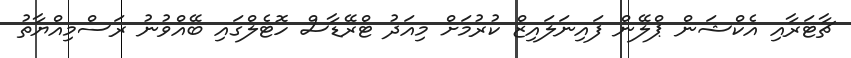
ޗާޓަރާއި އެކްޝަން ޕްލޭން ފައިނަލައިޒް ކުރުމަށް މިއަދު ޓްރޭޑާސް ހޮޓެލްގައި ބޭއްވުނު ރަސްމިއްޔާތު